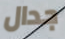
جدال